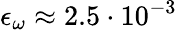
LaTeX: \epsilon_{\omega}\approx 2.5\cdot 10^{-3}